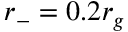
r _ { - } = 0 . 2 r _ { g }